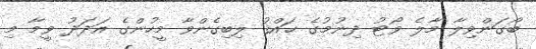
ބޯގަންވިލާ މާލެ ވޯޓު ދިނުމުގެ ޙައްޤު ލިބިގެންވާ މީހުންގެ އަދަދު ވީމާ މި